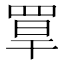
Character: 𦋁